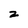
Character: z